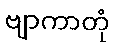
ဗျာကာတုံ